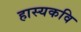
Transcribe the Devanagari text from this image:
हास्यकवि